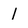
Character: 1